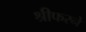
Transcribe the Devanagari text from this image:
श्रीफरने